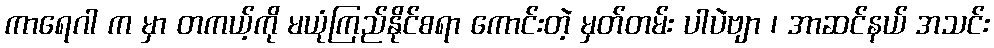
ကာရေဂါ က မှာ တကယ့်ကို မယုံကြည်နိုင်စရာ ကောင်းတဲ့ မှတ်တမ်း ပါပဲဗျာ ၊ အာဆင်နယ် အသင်း